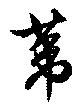
葦